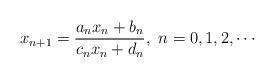
LaTeX: \begin{align*}x_{n+1}=\frac{a_nx_n+b_n}{c_nx_n+d_n}, \ n=0,1,2,\cdots \end{align*}